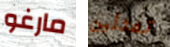
مارغو تمثلين